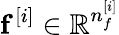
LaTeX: \mathbf{f}^{[i]}\in\mathbb{R}^{n_{f}^{[i]}}